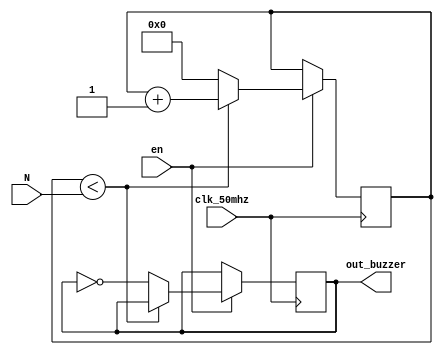
module buzzer (
	input en,
	input clk_50mhz,
	input [16:0] N,
	output reg out_buzzer
);
	 reg[31:0] cnt;

    initial begin
        cnt <= 0;
        out_buzzer <= 0;
    end
	
	always @ (posedge clk_50mhz) begin
		if (en) begin
			if (cnt < N)
				cnt <= cnt + 1'b1;
			else begin
				cnt <= 1'b0;
				out_buzzer <= ~out_buzzer;
			end
		end
	end
endmodule